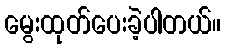
မွေးထုတ်ပေးခဲ့ပါတယ်။